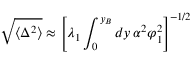
\sqrt { \langle \Delta ^ { 2 } \rangle } \approx \left[ \lambda _ { 1 } \int _ { 0 } ^ { y _ { B } } d y \, \alpha ^ { 2 } \varphi _ { 1 } ^ { 2 } \right] ^ { - 1 / 2 }